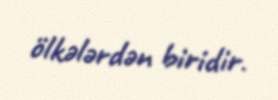
ölkələrdən biridir.